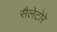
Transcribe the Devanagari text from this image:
सैलेटोरे